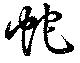
蛇